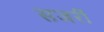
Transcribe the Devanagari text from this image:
सजर्री